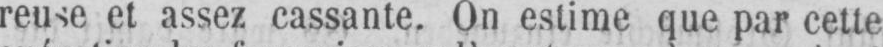
reuse et assez cassante. On estime que par cette